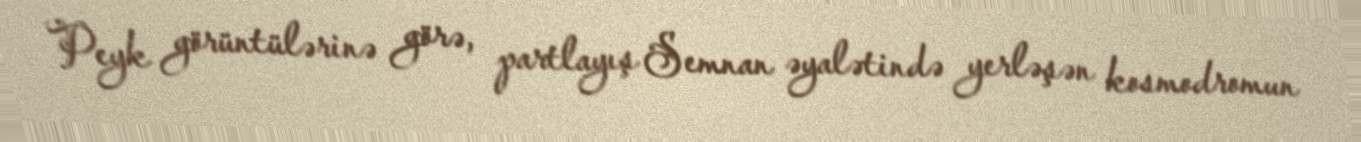
Peyk görüntülərinə görə, partlayış Semnan əyalətində yerləşən kosmodromun